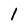
Character: 1